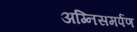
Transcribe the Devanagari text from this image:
अग्निसमर्पण